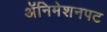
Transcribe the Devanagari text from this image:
अॅनिमेशनपट